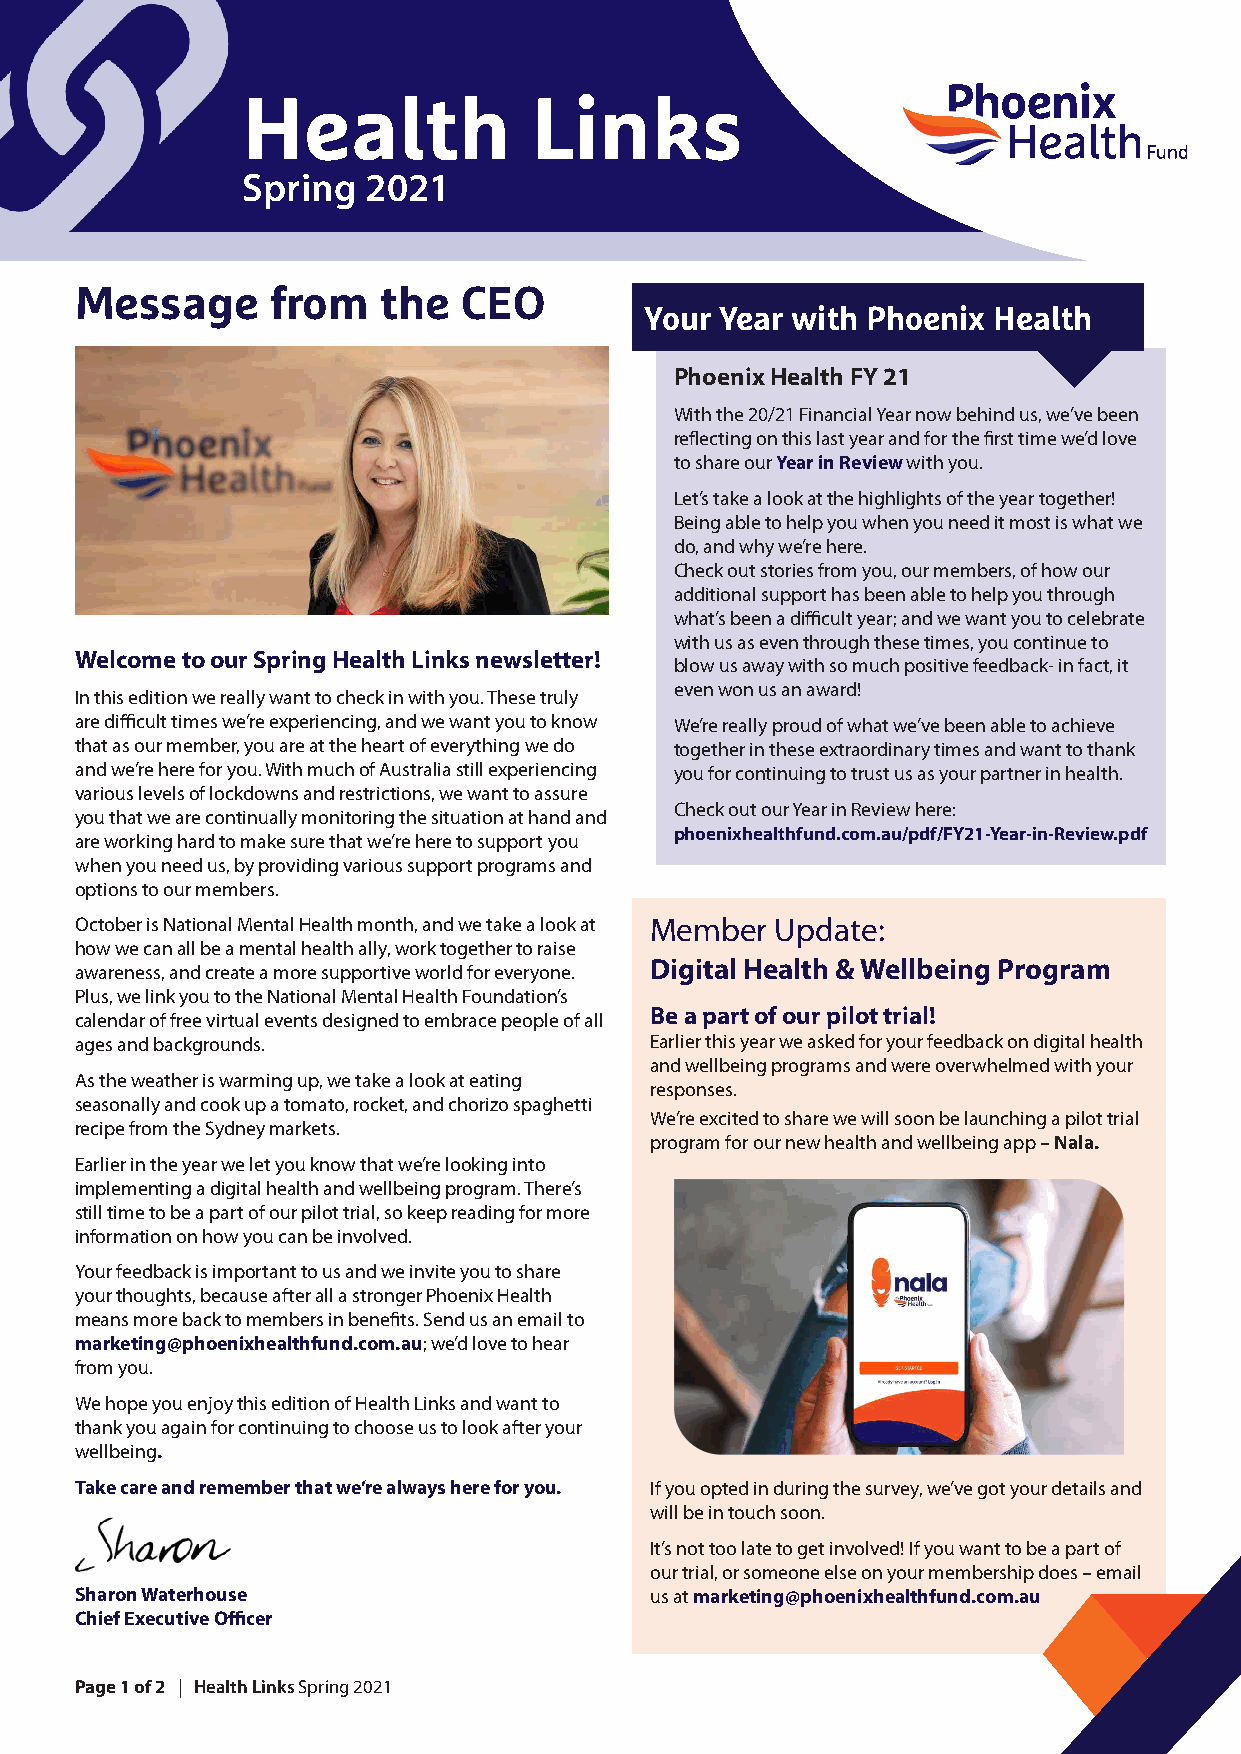
Health             Links
 Spring  2021
 Message      from   the  CEO
 Your Year with Phoenix Health
 Phoenix Health FY 21
 With the 20/21 Financial Year now behind us, we’ve been
 reflecting on this last year and for the first time we’d love
 to share our Year in Review with you.
 Let’s take a look at the highlights of the year together!
 Being able to help you when you need it most is what we
 do, and why we’re here.
 Check out stories from you, our members, of how our
 additional support has been able to help you through
 what’s been a difficult year; and we want you to celebrate
 with us as even through these times, you continue to
 Welcome to our Spring Health Links newsletter!
 blow us away with so much positive feedback- in fact, it
 even won us an award!
 In this edition we really want to check in with you. These truly
 are difficult times we’re experiencing, and we want you to know We’re really proud of what we’ve been able to achieve
 that as our member, you are at the heart of everything we do together in these extraordinary times and want to thank
 and we’re here for you. With much of Australia still experiencing you for continuing to trust us as your partner in health.
 various levels of lockdowns and restrictions, we want to assure
 Check out our Year in Review here:
 you that we are continually monitoring the situation at hand and
 phoenixhealthfund.com.au/pdf/FY21-Year-in-Review.pdf
 are working hard to make sure that we’re here to support you
 when you need us, by providing various support programs and
 options to our members.
 October is National Mental Health month, and we take a look at Member Update:
 how we can all be a mental health ally, work together to raise
 Digital Health & Wellbeing Program
 awareness, and create a more supportive world for everyone.
 Plus, we link you to the National Mental Health Foundation’s
 Be a part of our pilot trial!
 calendar of free virtual events designed to embrace people of all
 ages and backgrounds.                 Earlier this year we asked for your feedback on digital health
 and wellbeing programs and were overwhelmed with your
 As the weather is warming up, we take a look at eating
 responses.
 seasonally and cook up a tomato, rocket, and chorizo spaghetti
 We’re excited to share we will soon be launching a pilot trial
 recipe from the Sydney markets.
 program for our new health and wellbeing app – Nala.
 Earlier in the year we let you know that we’re looking into
 implementing a digital health and wellbeing program. There’s
 still time to be a part of our pilot trial, so keep reading for more
 information on how you can be involved.
 Your feedback is important to us and we invite you to share
 your thoughts, because after all a stronger Phoenix Health
 means more back to members in benefits. Send us an email to
 marketing@phoenixhealthfund.com.au; we’d love to hear
 from you.
 We hope you enjoy this edition of Health Links and want to
 thank you again for continuing to choose us to look after your
 wellbeing.
 Take care and remember that we’re always here for you. If you opted in during the survey, we’ve got your details and
 will be in touch soon.
 It’s not too late to get involved! If you want to be a part of
 our trial, or someone else on your membership does – email
 Sharon Waterhouse                     us at marketing@phoenixhealthfund.com.au
 Chief Executive Officer
 Page 1 of 2 | Health Links Spring 2021